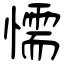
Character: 懦